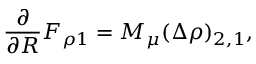
\frac { \partial } { \partial R } F _ { \rho 1 } = M _ { \mu } ( \Delta \rho ) _ { 2 , 1 } ,